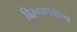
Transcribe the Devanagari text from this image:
विरूपणयोग्य